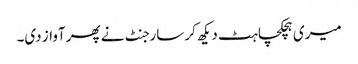
میری ہچکچاہٹ دیکھ کر سارجنٹ نے پھر آواز دی۔